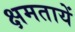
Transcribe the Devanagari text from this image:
क्षमतायें